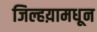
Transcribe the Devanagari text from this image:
जिल्हय़ामधून